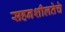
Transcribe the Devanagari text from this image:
सहनशीलतेचे